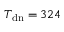
T _ { \mathrm { d n } } = 3 2 4